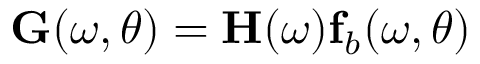
\mathbf { G } ( \omega , \theta ) = \mathbf { H } ( \omega ) \mathbf { f } _ { b } ( \omega , \theta )